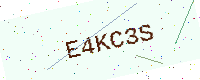
Text: E4KC3S